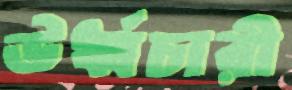
ঊর্ধ্বচারী